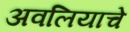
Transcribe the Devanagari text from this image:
अवलियाचे